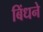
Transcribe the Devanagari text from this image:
बिंधने